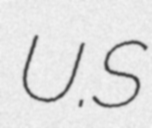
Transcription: U.S